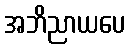
အဘိညာယပေ